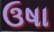
ઉષા